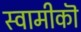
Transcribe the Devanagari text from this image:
स्वामीकॊ